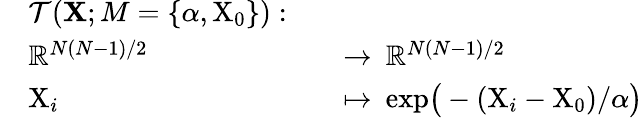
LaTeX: \begin{array}{rlrl}&{\mathcal{T}(\mathbf{X};M=\{ \alpha,\mathrm{X}_{0}\} ):}\\ &{\mathbb{R}^{N(N-1)/2}}&&{\to\: \mathbb{R}^{N(N-1)/2}}\\ &{\mathrm{X}_{i}}&&{\mapsto\: \mathrm{exp}\big(-(\mathrm{X}_{i}-\mathrm{X}_{0})/\alpha\big)}\end{array}